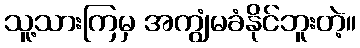
သူ့သားကြမှ အကျွံမခံနိုင်ဘူးတဲ့။